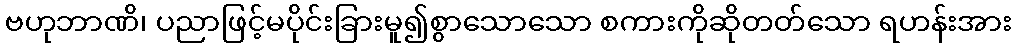
ဗဟုဘာဏိ၊ ပညာဖြင့်မပိုင်းခြားမူ၍စွာသောသော စကားကိုဆိုတတ်သော ရဟန်းအား